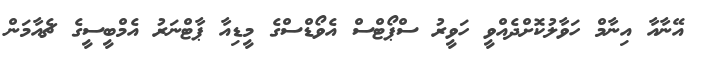
އޭނާއާ އިނާމް ހަވާލުކޮށްދެއްވީ ހަވީރު ސްޕޯޓްސް އެވޯޑްސްގެ މީޑިއާ ޕާޓްނަރު އެމްބީސީގެ ޗެއާމަން